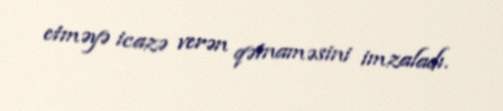
etməyə icazə verən qətnaməsini imzaladı.